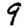
Digit: 9